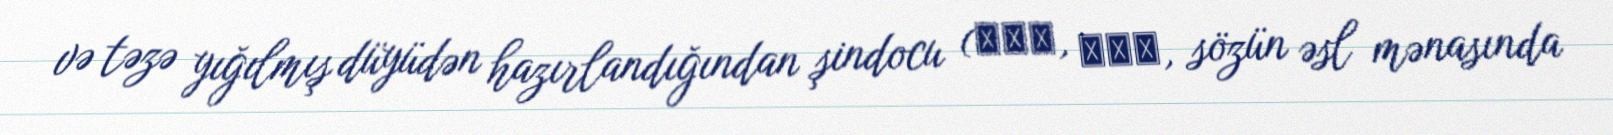
və təzə yığılmış düyüdən hazırlandığından şindocu (신도주, 新稻酒, sözün əsl mənasında